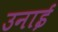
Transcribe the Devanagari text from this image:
उनाई